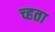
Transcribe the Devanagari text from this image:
च्हता